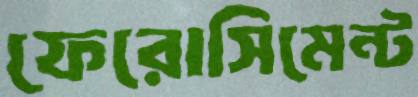
ফেরোসিমেন্ট